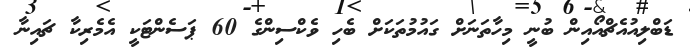
ޑަބްލިއުއެޗްއޯއިން ބުނީ މިހާތަނަށް ގައުމުތަކަށް ބެހި ވެކްސިންގެ 60 ޕަސެންޓަކީ އެމެރިކާ ޗައިނާ